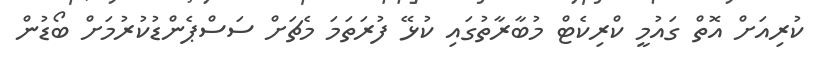
ކުރިއަށް އޮތް ގައުމީ ކްރިކެޓް މުބާރާތުގައި ކުޅޭ ފުރަތަމަ މެޗަށް ސަސްޕެންޑުކުރުމަށް ބޯޑުން